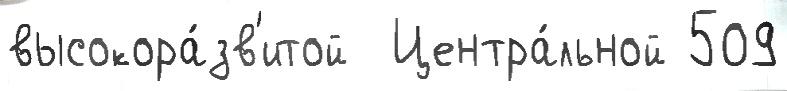
высокора́зв'итой  Центра́льной 509